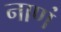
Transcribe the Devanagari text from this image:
नाणं